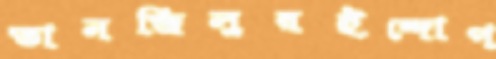
তানজিলুরইন্দোপ্